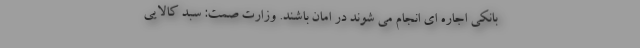
بانکی اجاره ای انجام می شوند در امان باشند. وزارت صمت: سبد کالایی